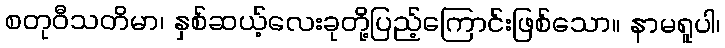
စတုဝီသတိမာ၊ နှစ်ဆယ့်လေးခုတို့ပြည့်ကြောင်းဖြစ်သော။ နာမရူပါ၊